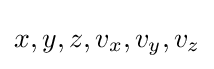
x,y,z,v_{x},v_{y},v_{z}